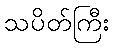
သပိတ်ကြီး